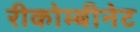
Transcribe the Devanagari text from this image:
रीकोम्बीनेट